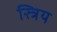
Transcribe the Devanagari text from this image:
स्त्रिय